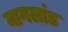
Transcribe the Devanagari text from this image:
नागलांड